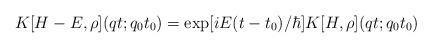
LaTeX: \begin{align*}K[H-E,\rho ](qt;q_0 t_0 ) = \exp[iE(t-t_0 )/\hbar ] K[H,\rho ](qt;q_0 t_0)\end{align*}